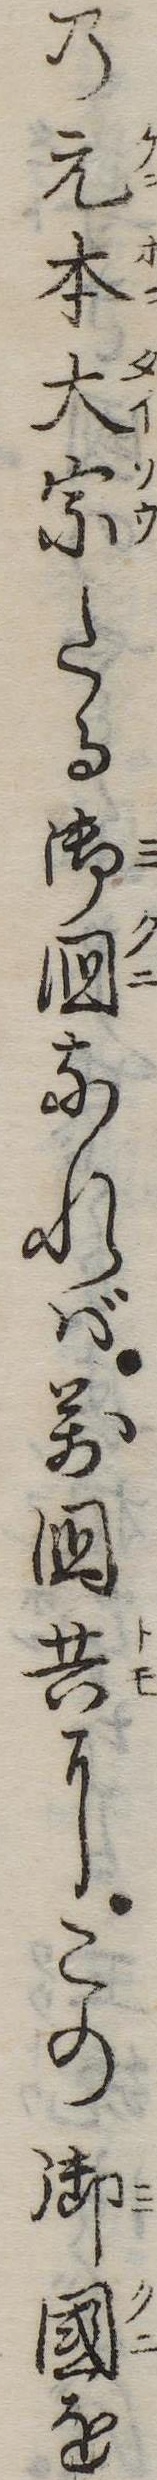
の元本大宗たる御国なれば万国共にこの御国を